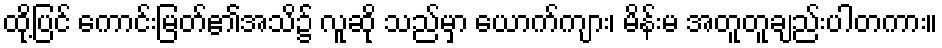
ထို့ပြင် ကောင်းမြတ်၏အသိ၌ လူဆို သည်မှာ ယောက်ကျား၊ မိန်းမ အတူတူချည်းပါတကား။